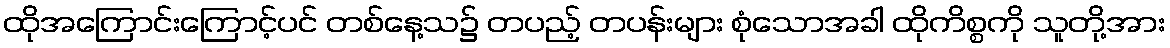
ထိုအကြောင်းကြောင့်ပင် တစ်နေ့သ၌ တပည့် တပန်းများ စုံသောအခါ ထိုကိစ္စကို သူတို့အား